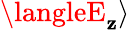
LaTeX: \langleE_{\mathbf{z}}\rangle